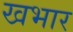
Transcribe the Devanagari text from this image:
खभार